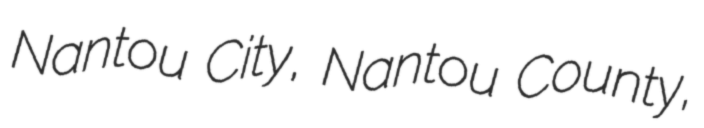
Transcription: Nantou City, Nantou County,